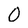
Character: 0